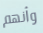
وأنهم